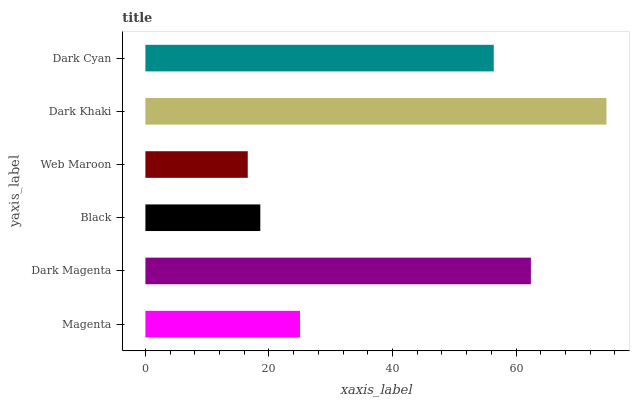
| yaxis_label | bars |
 | --- | --- |
 | Magenta | 25 |
 | Dark Magenta | 62.4 |
 | Black | 18.6 |
 | Web Maroon | 16.6 |
 | Dark Khaki | 74.6 |
 | Dark Cyan | 56.4 |